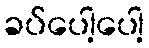
ခပ်ပေါ့ပေါ့